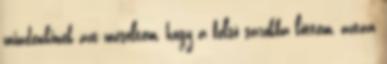
mindenkinek azt meséltem, hogy a felső sarokba lőttem, aztán